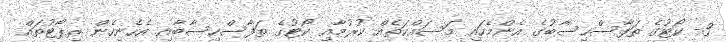
3- ކޯޓުގެ ތަފާސްހިސާބުގެ އެންމެހައި މަސައްކަތެއް ކުރުމާއި ކޯޓުގެ ތަފާސްހިސާބާއި އެހެނިހެން ރިޕޯޓުތައް